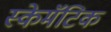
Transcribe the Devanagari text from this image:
स्केमॅटिक